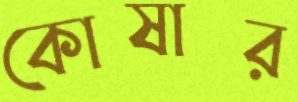
কোষার